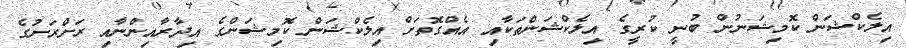
އިލެކްޝަން ކޮމިޝަނުން ބުނީ ކުރީގެ އިލެކްޝަންތަކާއި އެއްގޮތަށް އިލެކްޝަން ކޮމިޝަންގެ އިދާރާއިންނާއި ރަށްރަށުގެ